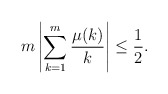
\begin{align*}m \left| \sum_{k=1}^m \frac{\mu(k)}{k} \right| \leq \frac{1}{2}.\end{align*}